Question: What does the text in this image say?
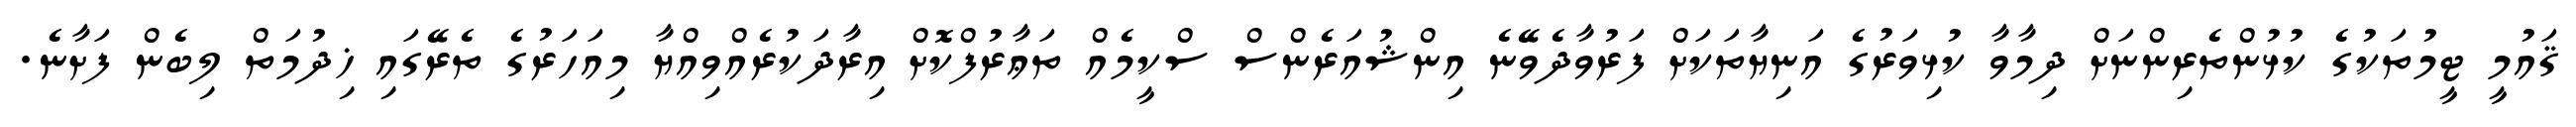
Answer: ޤައުމީ ޓީމުތަކުގެ ކުޅުންތެރިންނަށް ދިމާވާ ކުޅިވަރުގެ އަނިޔާތަކަށް ފަރުވާދެވޭނެ އިންޝުއަރެންސް ސްކީމެއް ތަޢާރުފްކޮށް އިރާދަކުރެއްވިއްޔާ މިއަހަރުގެ ތެރޭގައި ޚިދުމަތް ލިބެން ފަށާނެ.